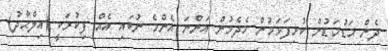
ދެން މަޑުމަޑުން ކުރިފަޅަމުން ހެދެމުން އަންނަ އެންމެ ނުބައި އެއް ފިކުރަކީ (އިލްޙާދު)